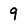
Character: 9